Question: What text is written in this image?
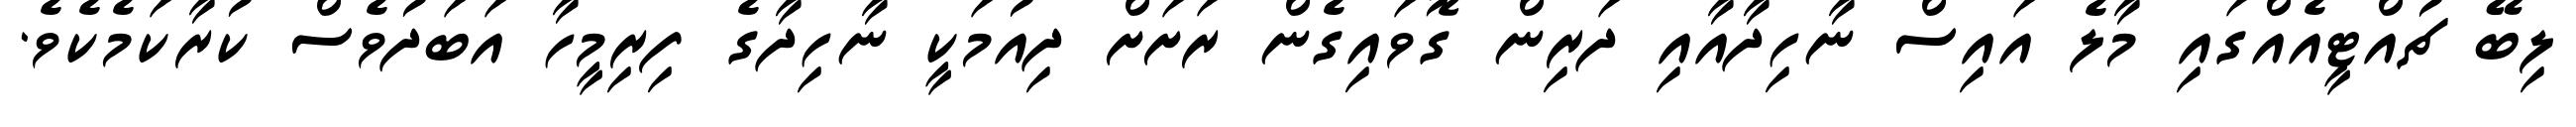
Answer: ލިބޭ ޗުއްޓީއެއްގައި މާލެ އައިސް ނާހިދާއާއި ދަރިން ގޮވައިގެން ރަށަށް ދިއުމަކީ ނާހިދާގެ ފިރިމީހާ އަބަދުވެސް ކުރާކަމެކެވެ.